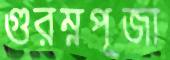
গুরম্নপূজা